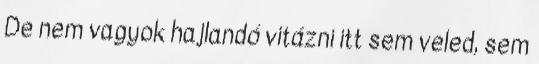
De nem vagyok hajlandó vitázni itt sem veled, sem